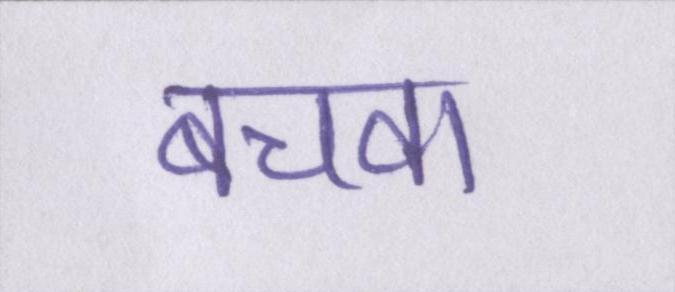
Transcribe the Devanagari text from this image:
बचवा